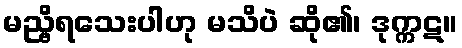
မည္ဗိရသေးပါဟု မသိပဲ ဆို၏၊ ဒုက္ကဋ။